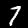
Label: 7